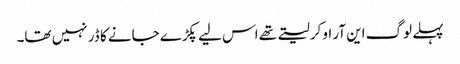
پہلے لوگ این آر او کرلیتے تھے اس لیے پکڑے جانے کا ڈر نہیں تھا۔